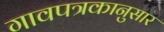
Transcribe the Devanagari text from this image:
गावपत्रकानुसार